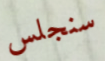
سنجلس